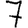
Digit: 7